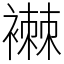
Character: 襋